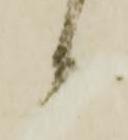
候